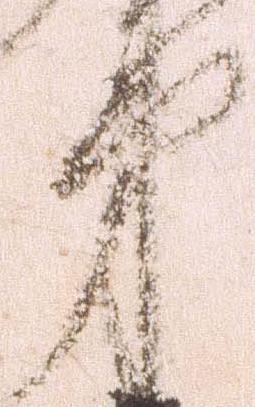
第